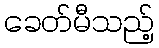
ခေတ်မီသည့်